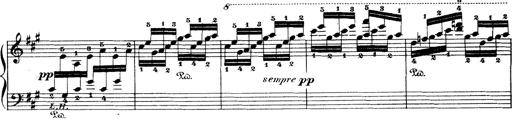
Title: Wagner-Liszt Album
Composer: Franz Liszt